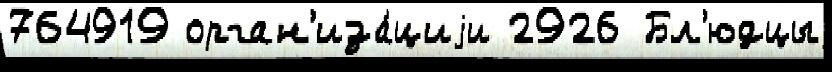
764919 орган'иза́циjи 2926 Бл'юдцы